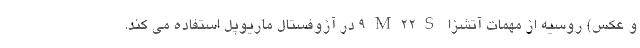
و عکس) روسیه از مهمات آتشزا 9M22S در آزوفستال ماریوپل استفاده می کند.